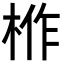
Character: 𭪌